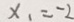
x _ { 1 } = - 2